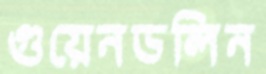
গুয়েনডলিন